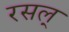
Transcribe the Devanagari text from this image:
रसल्